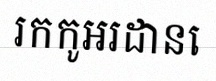
រកកូអរដោនេ